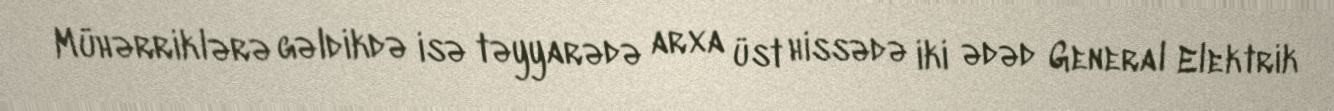
Mühərriklərə gəldikdə isə təyyarədə arxa üst hissədə iki ədəd General Elektrik